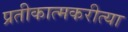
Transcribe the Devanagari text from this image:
प्रतीकात्मकरीत्या